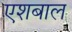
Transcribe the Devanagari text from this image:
एशबाल